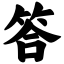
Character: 答